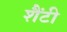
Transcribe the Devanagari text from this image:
शैंटी